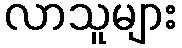
လာသူများ